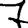
Digit: 7